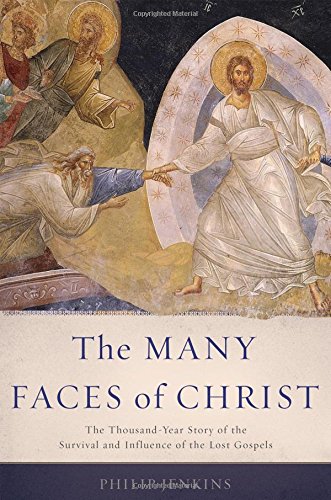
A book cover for The Many Faces of Christ: The Thousand-Year Story of the Survival and Influence of the Lost Gospels; Philip Jenkins; Christian Books & Bibles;